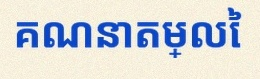
គណនាតម្លៃ